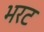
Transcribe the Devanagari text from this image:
भरट